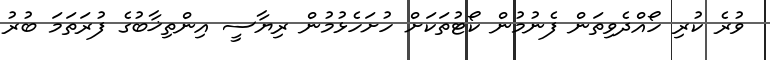
ވުރެ ކުރި ހޯއްދެވިތަން ފެނުމުން ކޯޓުތަކަށް ހުށަހެޅުމުން ރިޔާސީ އިންތިޚާބުގެ ފުރަތަމަ ބުރު